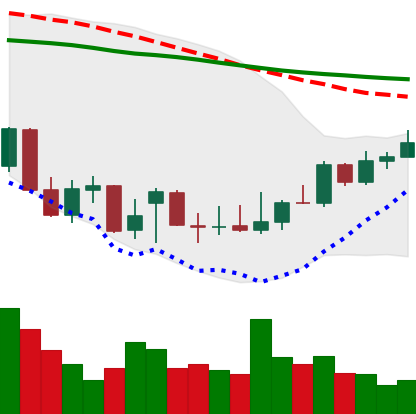
Ticker: XLM-USD
Chart end date: 2021-12-27
Forward return: -7.553%
Label: down_7plus